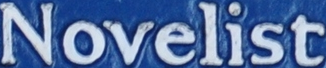
Novelist